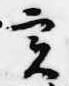
実